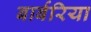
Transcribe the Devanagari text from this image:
बार्बरिया